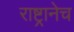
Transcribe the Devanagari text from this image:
राष्ट्रानेच